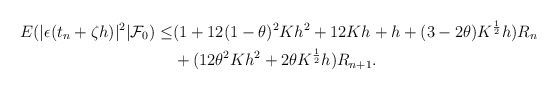
\begin{align*} E(|\epsilon(t_n+\zeta h)|^2|\mathcal{F}_0)\leq&(1+12(1-\theta)^2Kh^2+12Kh+h+(3-2\theta)K^{\frac{1}{2}}h)R_n\\ &+(12\theta^2Kh^2+2\theta K^{\frac{1}{2}}h)R_{n+1}.\end{align*}